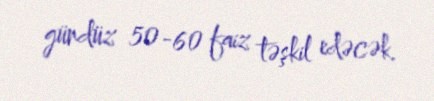
gündüz 50-60 faiz təşkil edəcək.